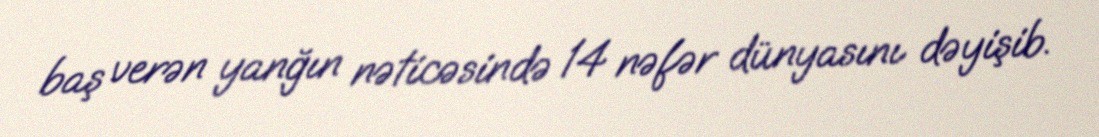
baş verən yanğın nəticəsində 14 nəfər dünyasını dəyişib.